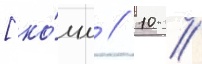
[ко́мм // 10 //